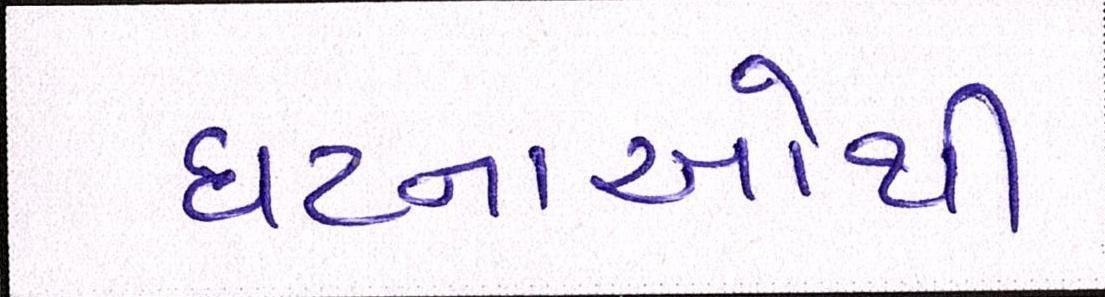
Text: ઘટનાઓથી